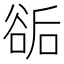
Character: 𧮶